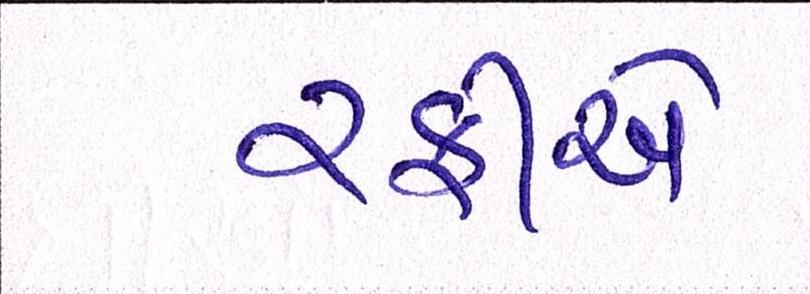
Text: રફીએ